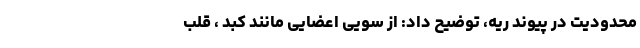
محدودیت در پیوند ریه‌،‌ توضیح داد: از سویی اعضایی مانند کبد ، قلب